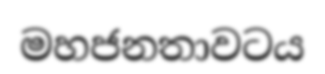
මහජනතාවටය